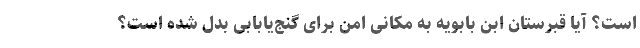
است؟ آیا قبرستان ابن بابویه به مکانی امن برای گنج‌یابابی بدل شده است؟